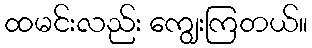
ထမင်းလည်း ကျွေးကြတယ်။